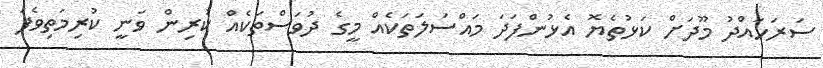
ސަރަހައްދު މޫދަށް ކަޅުތެޔޮ އެޅުންފަދަ މައްސަލަތަކެއް މީގެ ދުވަސްތަކެއް ކުރިން ވަނީ ކުރިމަތިވެފަ